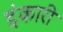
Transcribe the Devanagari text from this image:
इंकारी